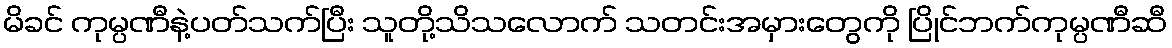
မိခင် ကုမ္ပဏီနဲ့ပတ်သက်ပြီး သူတို့သိသလောက် သတင်းအမှားတွေကို ပြိုင်ဘက်ကုမ္ပဏီဆီ